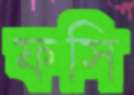
ফসি